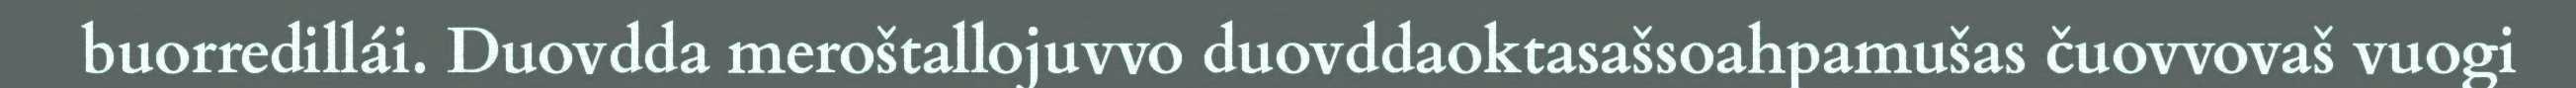
buorredillái. Duovdda meroštallojuvvo duovddaoktasašsoahpamušas čuovvovaš vuogi